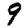
Digit: 9